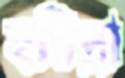
হরিদ্রা